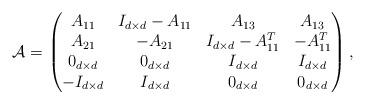
LaTeX: \begin{align*}\mathcal{A}=\begin{pmatrix}A_{11} & I_{d\times d}-A_{11} & A_{13} & A_{13}\\A_{21} & -A_{21} & I_{d\times d}-A_{11}^T & -A_{11}^T\\0_{d\times d} & 0_{d\times d} & I_{d\times d} & I_{d\times d}\\-I_{d\times d} & I_{d\times d} & 0_{d\times d} & 0_{d\times d}\end{pmatrix},\end{align*}